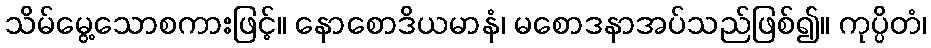
သိမ်မွေ့သောစကားဖြင့်။ နောစောဒိယမာနံ၊ မစောဒနာအပ်သည်ဖြစ်၍။ ကုပ္ပိတံ၊